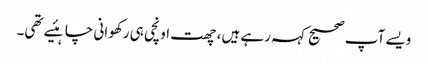
ویسے آپ صحیح کہہ رہے ہیں، چھت اونچی ہی رکھوانی چاہئیے تھی۔